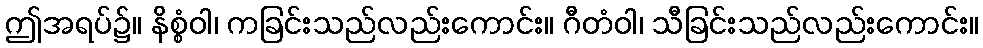
ဤအရပ်၌။ နိစ္စံဝါ၊ ကခြင်းသည်လည်းကောင်း။ ဂီတံဝါ၊ သီခြင်းသည်လည်းကောင်း။